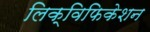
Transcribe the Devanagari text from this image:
लिक्विफिकेशन